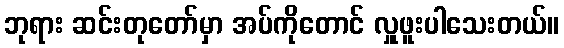
ဘုရား ဆင်းတုတော်မှာ အပ်ကိုတောင် လှူဖူးပါသေးတယ်။